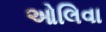
ઓલિવા